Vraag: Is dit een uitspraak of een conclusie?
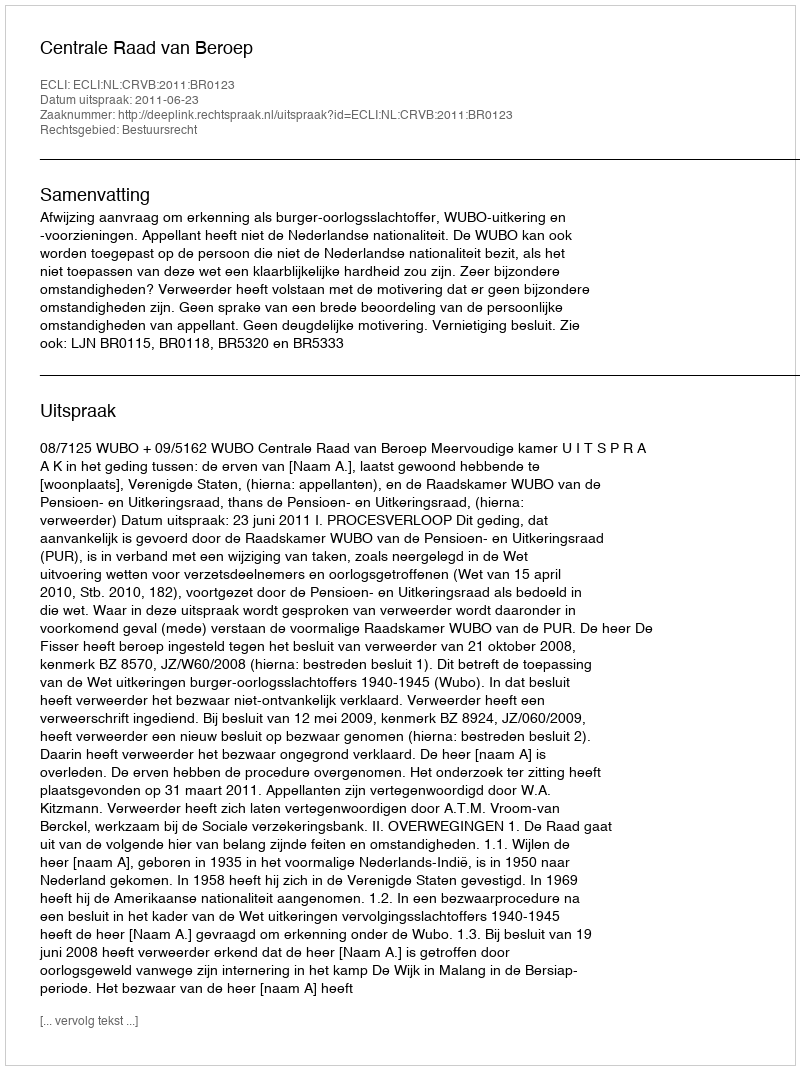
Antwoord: Uitspraak